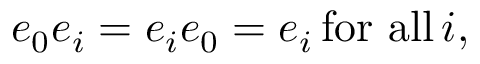
e _ { 0 } e _ { i } = e _ { i } e _ { 0 } = e _ { i } \, { \mathrm { f o r ~ a l l } } \, i ,